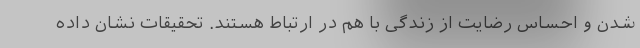
شدن و احساس رضایت از زندگی با هم در ارتباط هستند. تحقیقات نشان داده